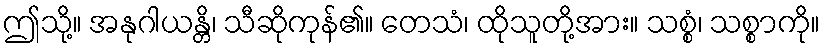
ဤသို့။ အနုဂါယန္တိ၊ သီဆိုကုန်၏။ တေသံ၊ ထိုသူတို့အား။ သစ္စံ၊ သစ္စာကို။